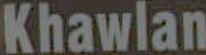
Khawlan